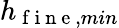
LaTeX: h_{\mathrm{~f~i~n~e~},min}